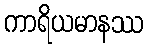
ကာရိယမာနဿ